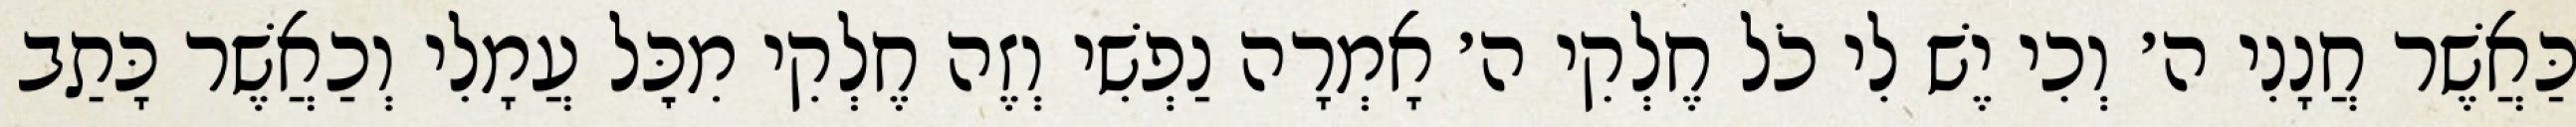
כַּאֲשֶׁר חֲנָנִי ה׳ וְכִי יֶשׁ לִי כֹל חֶלְקִי ה׳ אָמְרָה נַפְשִׁי וְזֶה חֶלְקִי מִכׇּל עֲמָלִי וְכַאֲשֶׁר כָּתַב